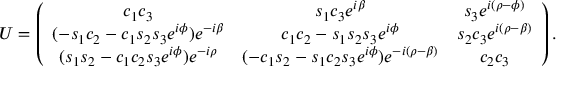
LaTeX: U = \left( \begin{array} { c c c } { { c _ { 1 } c _ { 3 } } } & { { s _ { 1 } c _ { 3 } e ^ { i \beta } } } & { { s _ { 3 } e ^ { i ( \rho - \phi ) } } } \\ { { ( - s _ { 1 } c _ { 2 } - c _ { 1 } s _ { 2 } s _ { 3 } e ^ { i \phi } ) e ^ { - i \beta } } } & { { c _ { 1 } c _ { 2 } - s _ { 1 } s _ { 2 } s _ { 3 } e ^ { i \phi } } } & { { s _ { 2 } c _ { 3 } e ^ { i ( \rho - \beta ) } } } \\ { { ( s _ { 1 } s _ { 2 } - c _ { 1 } c _ { 2 } s _ { 3 } e ^ { i \phi } ) e ^ { - i \rho } } } & { { ( - c _ { 1 } s _ { 2 } - s _ { 1 } c _ { 2 } s _ { 3 } e ^ { i \phi } ) e ^ { - i ( \rho - \beta ) } } } & { { c _ { 2 } c _ { 3 } } } \end{array} \right) .